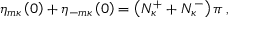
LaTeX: \eta _ { m \kappa } \left( 0 \right) + \eta _ { - m \kappa } \left( 0 \right) = \left( N _ { \kappa } ^ { + } + N _ { \kappa } ^ { - } \right) \pi \, ,